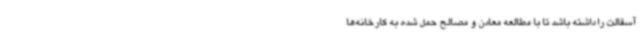
آسفالت را داشته باشد تا با مطالعه معادن و مصالح حمل شده به کارخانه‌ها